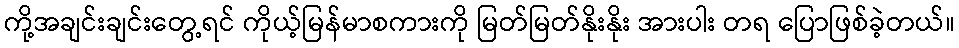
ကို့အချင်းချင်းတွေ့ရင် ကိုယ့်မြန်မာစကားကို မြတ်မြတ်နိုးနိုး အားပါး တရ ပြောဖြစ်ခဲ့တယ်။